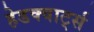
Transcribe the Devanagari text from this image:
हेडक्वार्ट्स